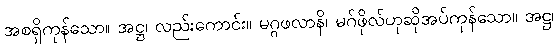
အစရှိကုန်သော။ အဋ္ဌ၊ လည်းကောင်း။ မဂ္ဂဖလာနိ၊ မဂ်ဖိုလ်ဟုဆိုအပ်ကုန်သော။ အဋ္ဌ၊